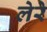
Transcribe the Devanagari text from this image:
लेरे